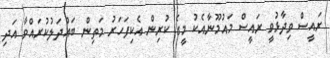
ރައީސް ވިދާޅުވީ ރައީސް މައުމޫނާއެކު މީގެ ކުރިން އެކިފަހަރު މަތިން ބައްދަލުކުރައްވާ އަދި